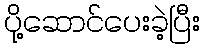
ပို့ဆောင်ပေးခဲ့ပြီး